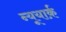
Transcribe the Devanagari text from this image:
न्यूयार्क़